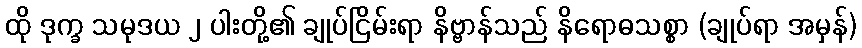
ထို ဒုက္ခ သမုဒယ ၂ ပါးတို့၏ ချုပ်ငြိမ်းရာ နိဗ္ဗာန်သည် နိရောဓသစ္စာ (ချုပ်ရာ အမှန်)